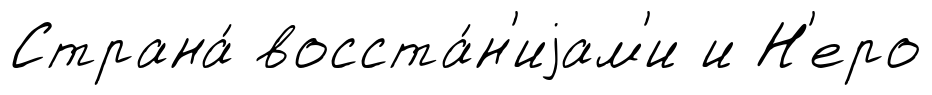
Страна́ восста́н'иjам'и и Н'еро